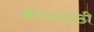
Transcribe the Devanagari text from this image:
क्रीडांसाठी